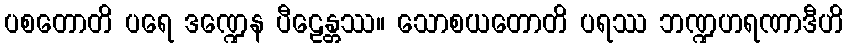
ပစတောတိ ပရေ ဒဏ္ဍေန ပီဠေန္တဿ။ သောစယတောတိ ပရဿ ဘဏ္ဍဟရဏာဒီဟိ